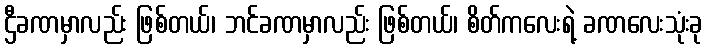
ဌီခဏမှာလည်း ဖြစ်တယ်၊ ဘင်ခဏမှာလည်း ဖြစ်တယ်၊ စိတ်ကလေးရဲ့ ခဏလေးသုံးခု